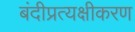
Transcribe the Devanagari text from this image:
बंदीप्रत्यक्षीकरण